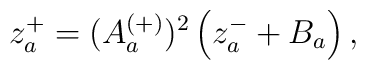
z_a^+ = (A_a^{(+)})^2 \left( z_a^- + B_a \right),